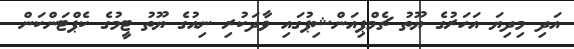
އަދި މިދިޔަ އަހަރުގެ ޔޫތު ޗެމްޕިއަންޝިޕުގައި ވާދަކުރި ނިއުގެ ޔޫތު ޓީމުގެ ކެޕްޓަންކަން